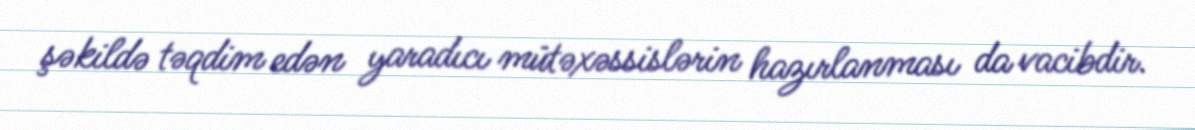
şəkildə təqdim edən yaradıcı mütəxəssislərin hazırlanması da vacibdir.